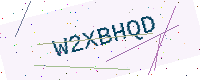
Text: W2XBHQD